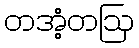
တအံ့တဩ